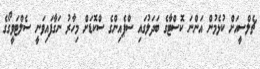
ޗެލްސީއަށް ކުޅެމުން އަންނަ ކޮސްޓާގެ ބަދަލުގައި ސްޕެއިންގެ ސްކޮޑަށް މިހާރު ނަގާފައިވަނީ ސެލްޓަވީގޯގެ